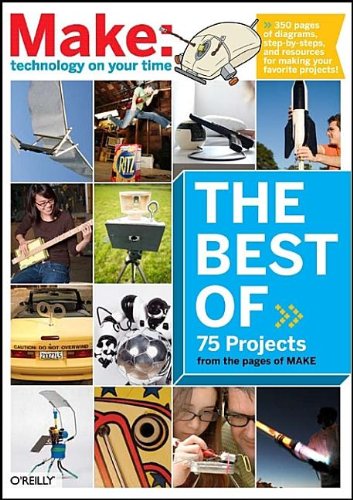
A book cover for The Best of Make: (Make 75 Projects from the pages of MAKE); Computers & Technology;